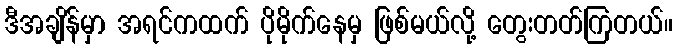
ဒီအချိန်မှာ အရင်ကထက် ပိုမိုက်နေမှ ဖြစ်မယ်လို့ တွေးတတ်ကြတယ်။